Leaving Certificate Examination (including Day School Certificate (Higher) General paper), 1930
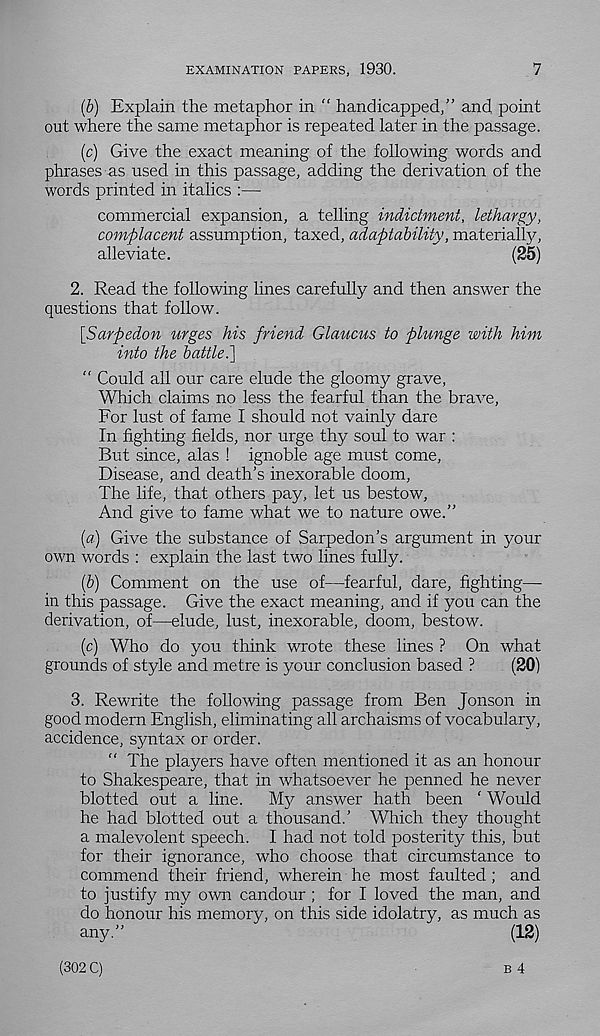
EXAMINATION PAPERS, 1930.
7
(b) Explain the metaphor in “ handicapped,” and point
out where the same metaphor is repeated later in the passage.
(c) Give the exact meaning of the following words and
phrases as used in this passage, adding the derivation of the
words printed in italics :—
commercial expansion, a telling indictment, lethargy,
complacent assumption, taxed, adaptability, materially,
alleviate.
(25)
2. Read the following lines carefully and then answer the
questions that follow.
[Sarpedon urges his friend Glaucus to plunge with him
into the battle i\
“ Could all our care elude the gloomy grave,
Which claims no less the fearful than the brave,
For lust of fame I should not vainly dare
In fighting fields, nor urge thy soul to war :
But since, alas ! ignoble age must come,
Disease, and death’s inexorable doom,
The life, that others pay, let us bestow.
And give to fame what we to nature owe.”
(a) Give the substance of Sarpedon’s argument in your
own words : explain the last two lines fully.
(b) Comment on the use of—fearful, dare, fighting—
in this passage. Give the exact meaning, and if you can the
derivation, of—elude, lust, inexorable, doom, bestow.
(c) Who do you think wrote these lines ? On what
grounds of style and metre is your conclusion based ?
(20)
3. Rewrite the following passage from Ben Jonson in
good modern English, eliminating all archaisms of vocabulary,
accidence, syntax or order.
“ The players have often mentioned it as an honour
to Shakespeare, that in whatsoever he penned he never
blotted out a line. My answer hath been ‘ Would
he had blotted out a thousand.’ Which they thought
a malevolent speech. I had not told posterity this, but
for their ignorance, who choose that circumstance to
commend their friend, wherein he most faulted; and
to justify my own candour ; for I loved the man, and
do honour his memory, on this side idolatry, as much as
any.”
(12)